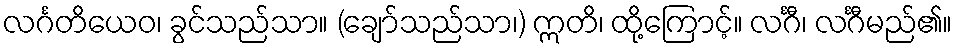
လင်္ဂတိယေဝ၊ ခွင်သည်သာ။ (ချော်သည်သာ၊) ဣတိ၊ ထို့ကြောင့်။ လင်္ဂီ၊ လင်္ဂီမည်၏။